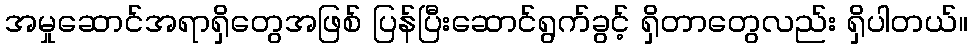
အမှုဆောင်အရာရှိတွေအဖြစ် ပြန်ပြီးဆောင်ရွက်ခွင့် ရှိတာတွေလည်း ရှိပါတယ်။